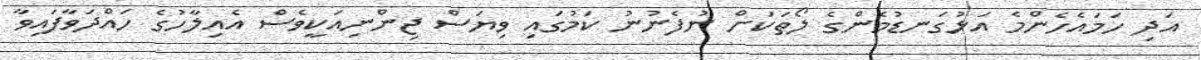
އަދި ހަމައެހެންމެ އަޅުގަނޑުމެންގެ ލޯތަކަށް ނުފެނުނު ކަމުގައި ވިޔަސް ޖިންނިއަކީވެސް އެއިލާހުގެ ހައްދަވާފައިވާ